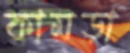
কামড়া